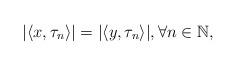
LaTeX: \begin{align*}|\langle x, \tau_n \rangle |= |\langle y, \tau_n \rangle |, \forall n \in \mathbb{N},\end{align*}